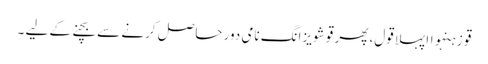
قو زہنہواا پہلا قول، پھر قو شویزانگ نامی دور حاصل کرنے سے بچنے کے لیے ۔